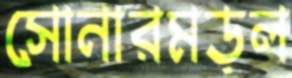
সোনারমড়ল